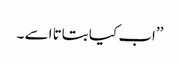
’’اب کیا بتاتا اسے ۔